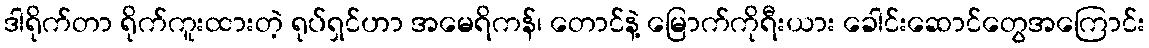
ဒါရိုက်တာ ရိုက်ကူးထားတဲ့ ရုပ်ရှင်ဟာ အမေရိကန်၊ တောင်နဲ့ မြောက်ကိုရီးယား ခေါင်းဆောင်တွေအကြောင်း